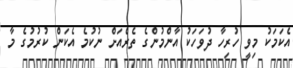
އެކަމަކު މިވީ ހުރިހާ ދުވަހަކު އާންމުންގެ ތެރެއަށް ނުކުމެ އެކަން ކުރުުމުގެ މާ